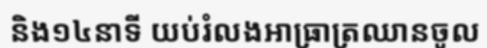
និង១៤នាទី យប់រំលងអាធ្រាត្រឈានចូល